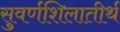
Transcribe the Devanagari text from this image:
सुवर्णशिलातीर्थ